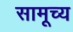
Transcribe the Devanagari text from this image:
सामूच्य